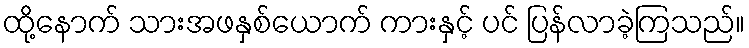
ထို့နောက် သားအဖနှစ်ယောက် ကားနှင့် ပင် ပြန်လာခဲ့ကြသည်။